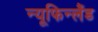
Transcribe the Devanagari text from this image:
न्यूफिन्लैंड